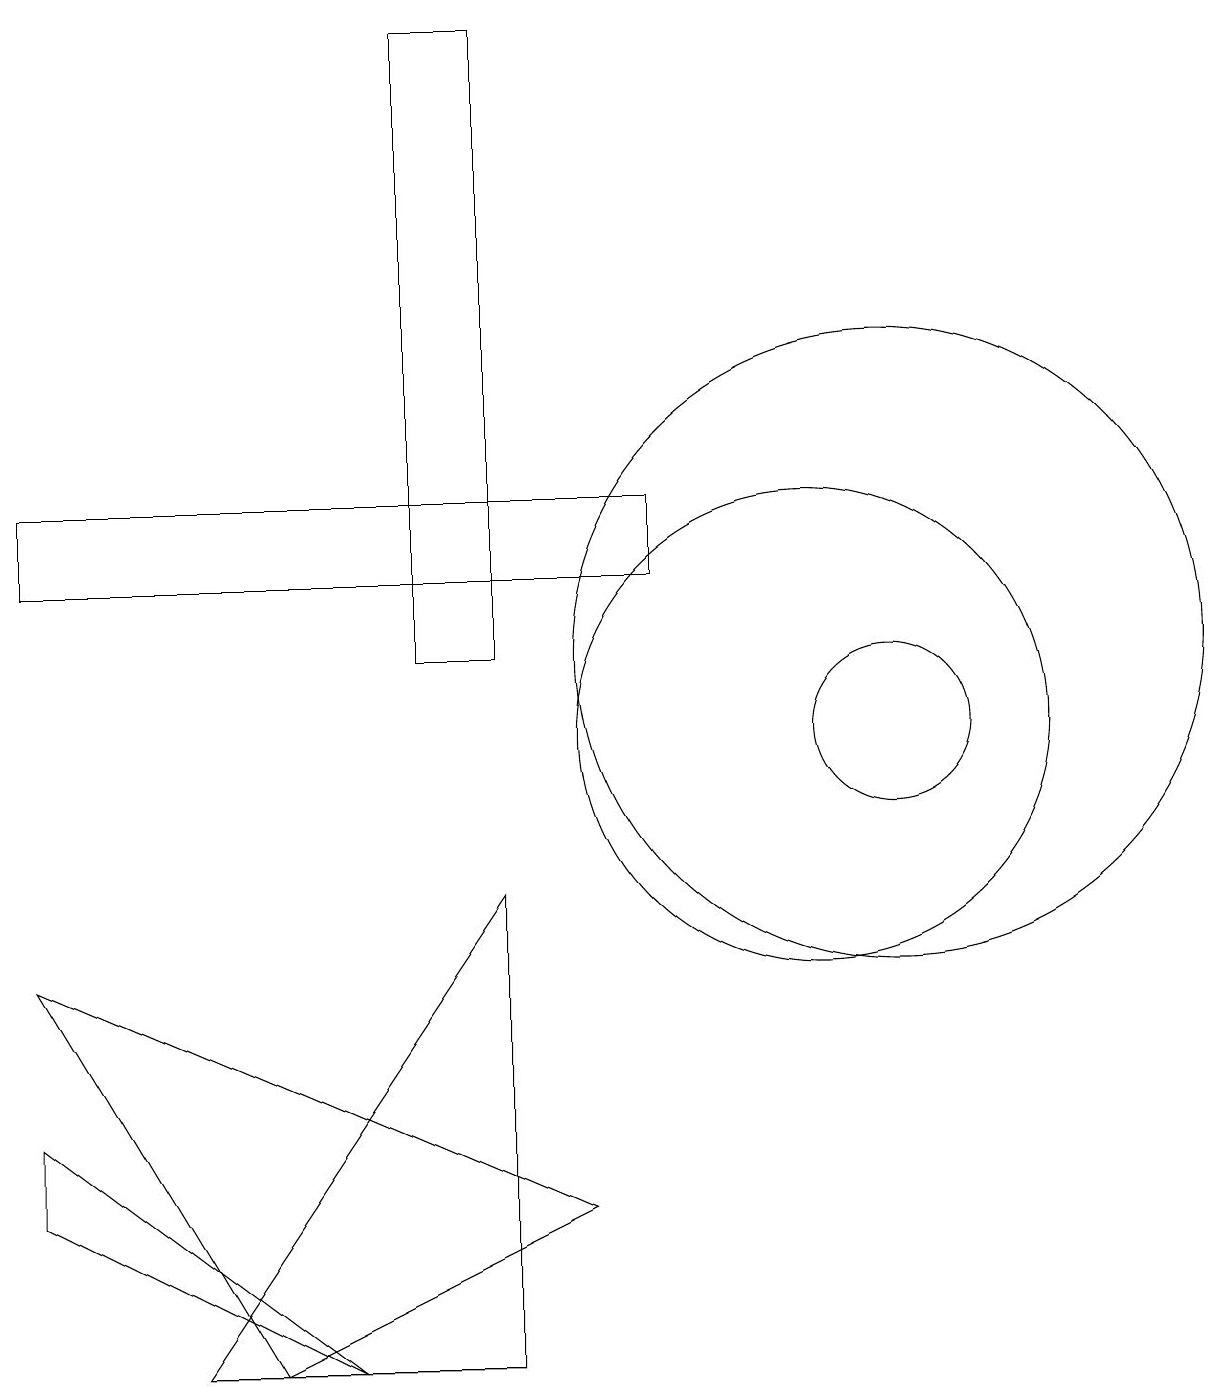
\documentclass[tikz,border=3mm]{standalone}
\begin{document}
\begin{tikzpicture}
\draw (10,10) circle (3);
\draw (4,2) -- (0,5) -- (0,4) -- cycle;
\draw (11,11) circle (4);
\draw (6,19) rectangle (5,11);
\draw (7,4) -- (0,7) -- (3,2) -- cycle;
\draw (11,10) circle (1);
\draw (8,13) rectangle (0,12);
\draw (6,8) -- (6,2) -- (2,2) -- cycle;
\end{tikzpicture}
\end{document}